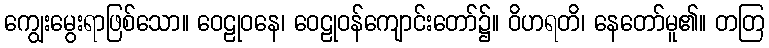
ကျွေးမွေးရာဖြစ်သော။ ဝေဠုဝနေ၊ ဝေဠုဝန်ကျောင်းတော်၌။ ဝိဟရတိ၊ နေတော်မူ၏။ တတြ